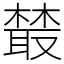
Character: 樷